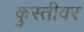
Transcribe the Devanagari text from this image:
कुस्तीवर